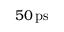
5 0 \, \mathrm { p s }